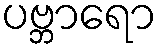
ပဗ္ဘာရော